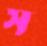
স